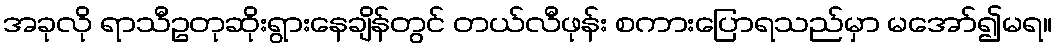
အခုလို ရာသီဥတုဆိုးရွားနေချိန်တွင် တယ်လီဖုန်း စကားပြောရသည်မှာ မအော်၍မရ။